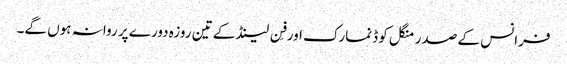
فرانس کے صدر منگل کو ڈنمارک اور فِن لینڈ کے تین روزہ دورے پر روانہ ہوں گے۔